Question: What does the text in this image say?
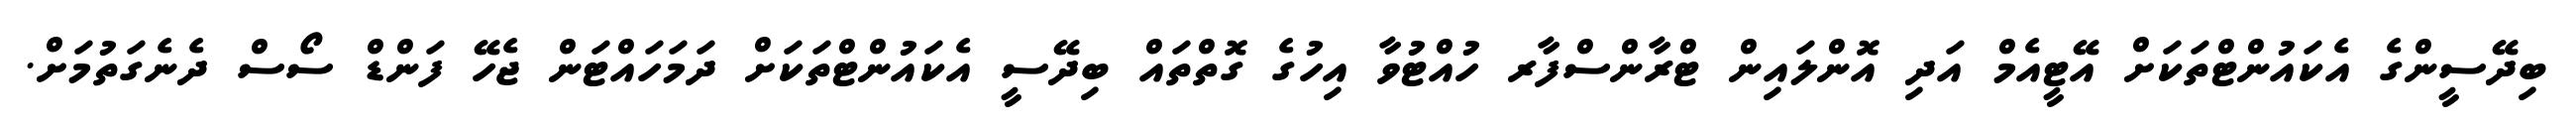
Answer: ބިދޭސީންގެ އެކައުންޓްތަކަށް އޭޓީއެމް އަދި އޮންލައިން ޓްރާންސްފާރ ހުއްޓުވާ އިހުގެ ގޮތްތައް ބިދޭސީ އެކައުންޓްތަކަށް ދަމަހައްޓަން ޖެހޭ ފަންޑް ސޯސް ދެނެގަތުމަށް.